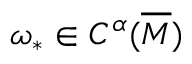
\omega _ { * } \in { C ^ { \alpha } ( \overline { { M } } ) }